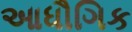
આધૌગિક